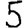
Digit: 5